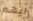
ايهم